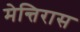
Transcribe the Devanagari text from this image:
मेन्तिरास